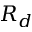
R _ { d }